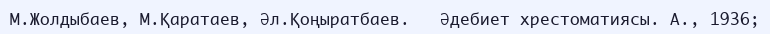
М.Жолдыбаев, М.Қаратаев, Әл.Қоңыратбаев.   Әдебиет хрестоматиясы. А., 1936;